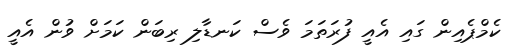
ކެމްޕެއިން ގައި އެއީ ފުރަތަމަ ވެސް ކަނޑާލި ރިބަން ކަމަށް ވުން އެއީ